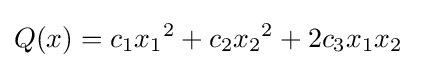
Q(x)=c_{1}{x_{1}}^{2}+c_{2}{x_{2}}^{2}+2c_{3}x_{1}x_{2}~